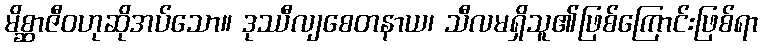
မိစ္ဆာဇီဝဟုဆိုအပ်သော။ ဒုဿီလျစေတနာယ၊ သီလမရှိသူ၏ဖြစ်ကြောင်းဖြစ်ရာ